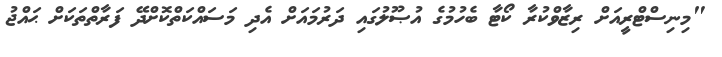
"މިނިސްޓްރީއަށް ރިޒާވްކުރާ ކޯޓާ ބެހުމުގެ އުޞޫލުގައި ދަރުމައަށް އެދި މަސައްކަތްކޮށްދޭ ފަރާތްތަކަށް ޙައްޖު